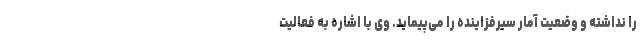
را نداشته و وضعیت آمار سیرفزاینده را می‌پیماید. وی با اشاره به فعالیت